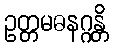
ဥတ္တမဓနဂ္ဂန္တိ